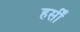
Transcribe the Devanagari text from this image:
हर्सीं